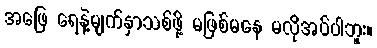
အဖြေ ရေနဲ့မျက်နှာသစ်ဖို့ မဖြစ်မနေ မလိုအပ်ပါဘူး။